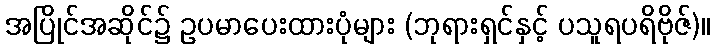
အပြိုင်အဆိုင်၌ ဥပမာပေးထားပုံများ (ဘုရားရှင်နှင့် ပသူရပရိဗိုဇ်)။